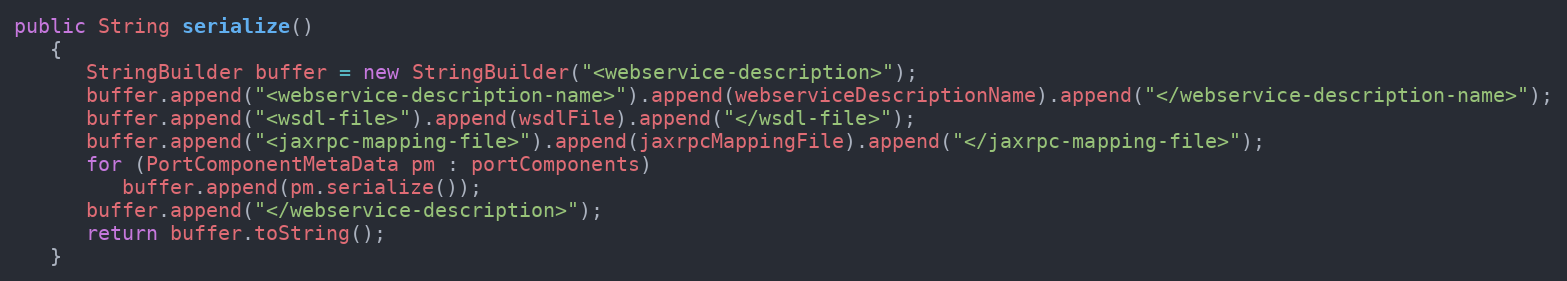
Language: Java
public String serialize()
   {
      StringBuilder buffer = new StringBuilder("<webservice-description>");
      buffer.append("<webservice-description-name>").append(webserviceDescriptionName).append("</webservice-description-name>");
      buffer.append("<wsdl-file>").append(wsdlFile).append("</wsdl-file>");
      buffer.append("<jaxrpc-mapping-file>").append(jaxrpcMappingFile).append("</jaxrpc-mapping-file>");
      for (PortComponentMetaData pm : portComponents)
         buffer.append(pm.serialize());
      buffer.append("</webservice-description>");
      return buffer.toString();
   }